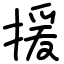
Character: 援